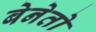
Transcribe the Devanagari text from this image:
बेनेतो